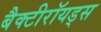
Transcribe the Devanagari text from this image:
बैक्टीरॉयड्स